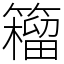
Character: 籕